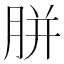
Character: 胼